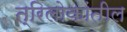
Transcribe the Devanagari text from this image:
त्रिलोकांतील